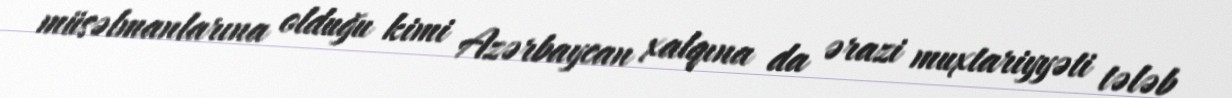
müsəlmanlarına olduğu kimi Azərbaycan xalqına da ərazi muxtariyyəti tələb